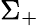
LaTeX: \Sigma_{+}